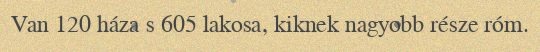
Van 120 háza s 605 lakosa, kiknek nagyobb része róm.